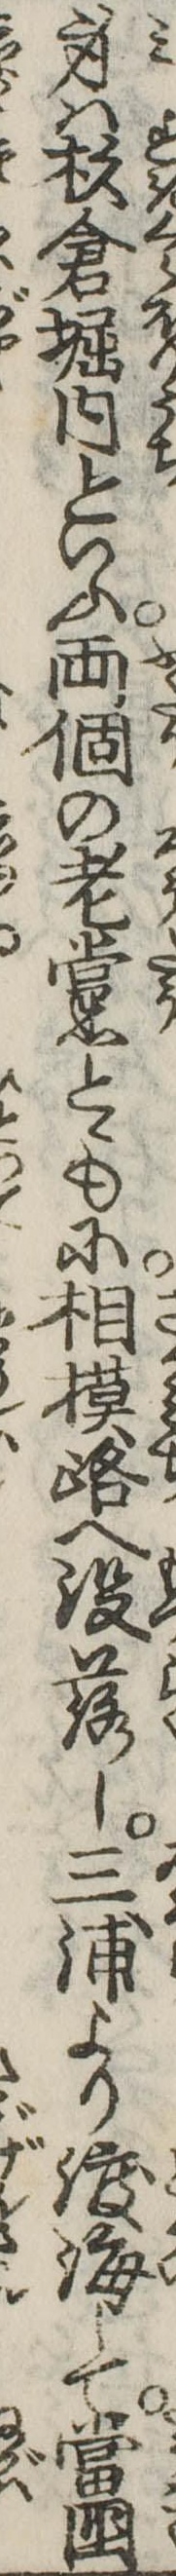
身は杉倉堀内といふ両個の老黨とゝもに相模路へ没落し三浦より渡海して当国